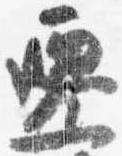
遷